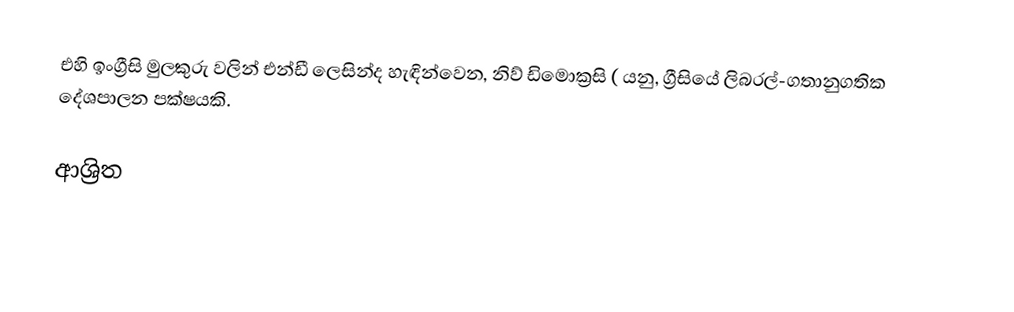
එහි ඉංග්‍රීසි මුලකුරු වලින් එන්ඩී ලෙසින්ද හැඳින්වෙන, නිව් ඩිමොක්‍රසි ( යනු,  ග්‍රීසියේ ලිබරල්-ගතානුගතික දේශපාලන පක්ෂයකි.

ආශ්‍රිත